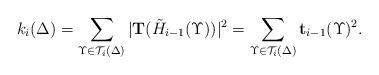
LaTeX: \begin{align*}k_{i}(\Delta)=\sum_{\Upsilon\in \mathcal{T}_{i}(\Delta)}{|\mathbf{T}(\tilde{H}_{i-1}(\Upsilon))|^2}=\sum_{\Upsilon\in \mathcal{T}_{i}(\Delta)}{\mathbf{t}_{i-1}(\Upsilon)^2}.\end{align*}